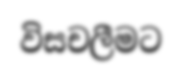
විසචලීමට